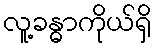
လူ့ခန္ဓာကိုယ်ရှိ